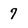
Character: 7